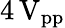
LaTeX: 4\, \mathrm{V_{pp}}